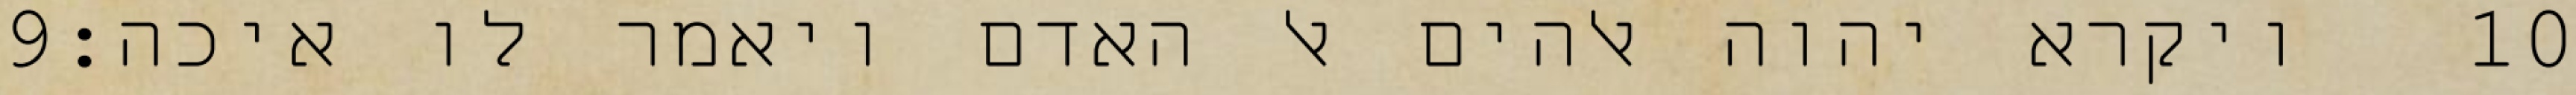
‎9‏ ויקרא יהוה אלהים אל האדם ויאמר לו איכה׃ ‎10‏